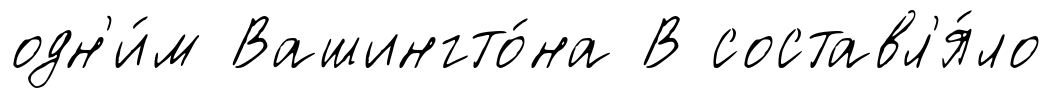
одн'и́м Вашингто́на В составл'я́ло